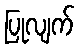
ပြုလျက်